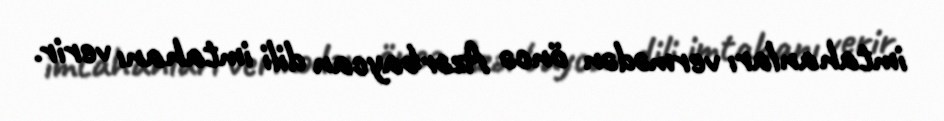
imtahanları vermədən öncə Azərbaycan dili imtahanı verir.